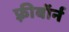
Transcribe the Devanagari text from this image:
फ़्रीबॉर्न